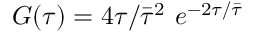
G ( \tau ) = 4 \tau / \bar { \tau } ^ { 2 } \ e ^ { - 2 \tau / \bar { \tau } }